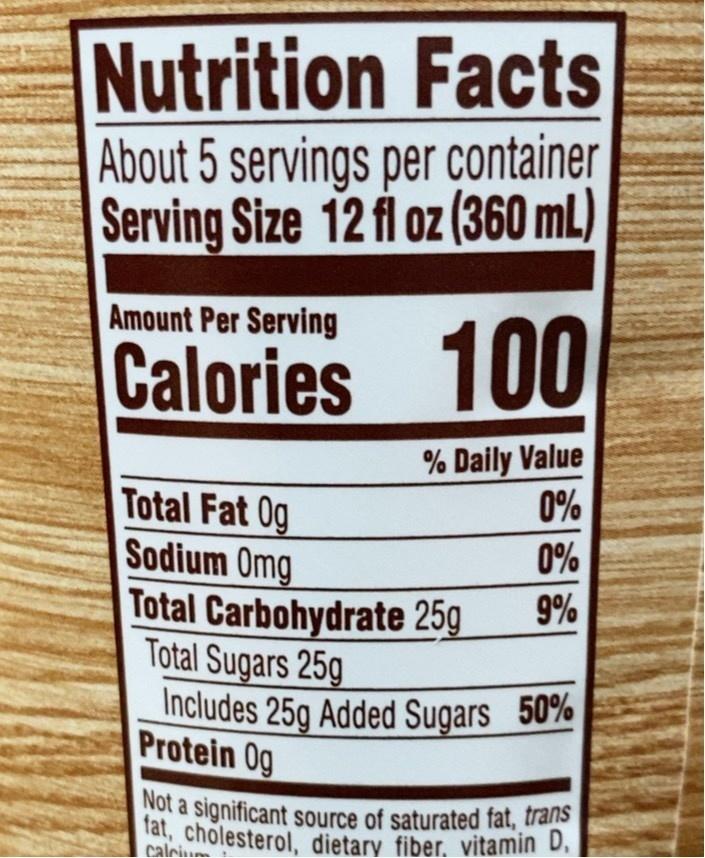
Nutrition Facts About 5 servings per container Serving Size 12 fl oz (360 mL)
Amount Per Serving
Calories 100
% Daily Value 0%
Total Fat 0g Sodium Omg Total Carbohydrate 25g Total Sugars 25g Includes 25g Added Sugars 50% Protein 0g
0%
9%
Not a significant source of saturated fat, trans fat, cholesterol, dietary fiber. vitamin D,
calcium